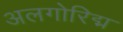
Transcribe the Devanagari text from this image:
अलगोरिद्म